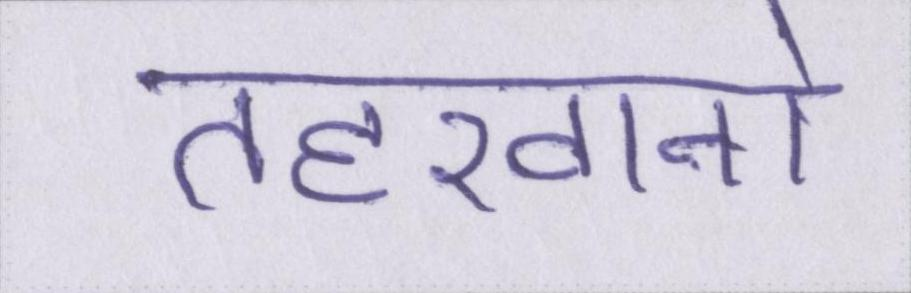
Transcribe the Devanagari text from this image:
तहखानो